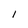
Character: I